Problem: 7 × 9 = ?
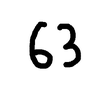
Handwritten answer: 63